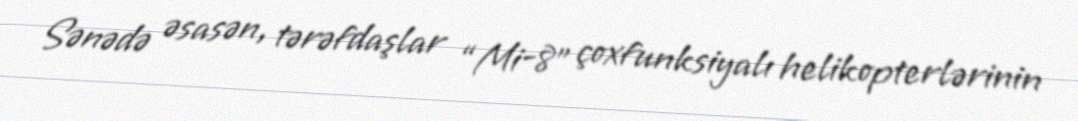
Sənədə əsasən, tərəfdaşlar “Mi-8” çoxfunksiyalı helikopterlərinin